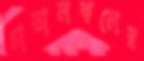
চাতালকলের